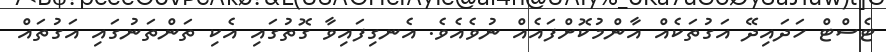
ޓެސްޓް ހަދައިދޭ އަގުތަކެއް އާންމުކޮށްފައެއް ނުވެއެވެ. އެނގިފައިވާ ގޮތުގައި އެކި ތަންތަނުގައި އަގުތައް